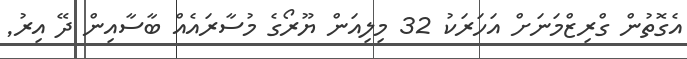
އެގޮތުން ގްރިޒްމަނަށް އަހަރަކު 32 މިލިއަން ޔޫރޯގެ މުސާރައެއް ބާސާއިން ދޭ އިރު